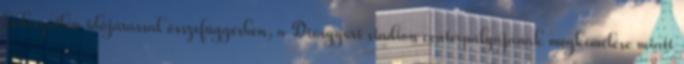
kedvezőtlen időjárással összefüggésben, a Diósgyőri stadion centerpályájának megkímélése miatt